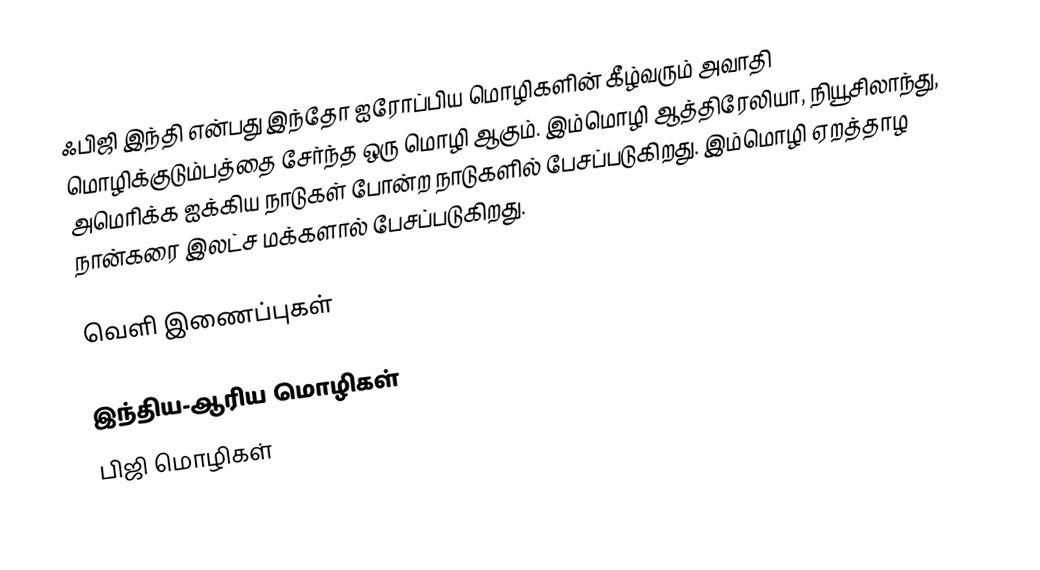
ஃபிஜி இந்தி என்பது இந்தோ ஐரோப்பிய மொழிகளின் கீழ்வரும் அவாதி மொழிக்குடும்பத்தை சேர்ந்த ஒரு மொழி ஆகும். இம்மொழி ஆத்திரேலியா, நியூசிலாந்து, அமெரிக்க ஐக்கிய நாடுகள் போன்ற நாடுகளில் பேசப்படுகிறது. இம்மொழி ஏறத்தாழ நான்கரை இலட்ச மக்களால் பேசப்படுகிறது.

வெளி இணைப்புகள்

இந்திய-ஆரிய மொழிகள்
பிஜி மொழிகள்